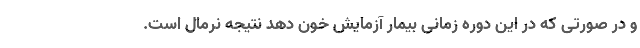
و در صورتی که در این دوره زمانی بیمار آزمایش خون دهد نتیجه نرمال است.